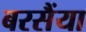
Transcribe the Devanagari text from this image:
बरसैंया